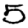
Digit: 5